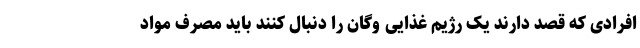
افرادی که قصد دارند یک رژیم غذایی وگان را دنبال کنند باید مصرف مواد